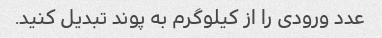
عدد ورودی را از کیلوگرم به پوند تبدیل کنید.